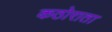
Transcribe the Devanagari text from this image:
कठोराता